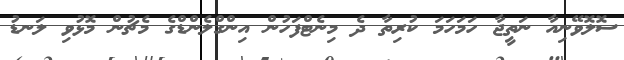
ސޮލޮވޭނިއާ ނަތީޖާ ހަމަހަމަ ކުރިތާ ދެ މިނެޓްފަހުން އިންގްލެންޑްގެ މެޗުން މޮޅުވި ލަނޑު